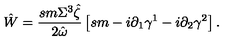
\hat { W } = \frac { s m \Sigma ^ { 3 } \hat { \zeta } } { 2 \hat { \omega } } \left[ s m - i \partial _ { 1 } \gamma ^ { 1 } - i \partial _ { 2 } \gamma ^ { 2 } \right] .